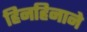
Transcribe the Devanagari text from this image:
हिनहिनाने